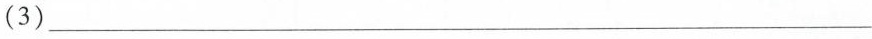
(3)___